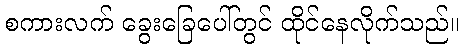
စကားလက် ခွေးခြေပေါ်တွင် ထိုင်နေလိုက်သည်။